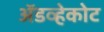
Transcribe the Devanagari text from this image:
ॲडव्हेकोट